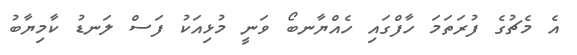
އެ މެޗުގެ ފުރަތަމަ ހާފްގައި ހެއްޔާނބޯ ވަނީ މުޅިއަކު ފަސް ލަނޑު ކާމިޔާބު